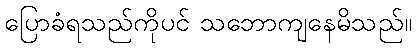
ပြောခံရသည်ကိုပင် သဘောကျနေမိသည်။